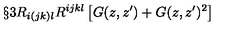
\S { 3 } R _ { i ( j k ) l } R ^ { i j k l } \left[ G ( z , z ^ { \prime } ) + G ( z , z ^ { \prime } ) ^ { 2 } \right]